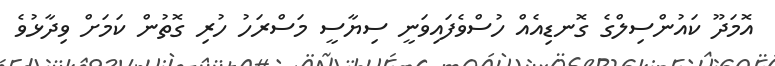
އޮމަދޫ ކައުންސިލްގެ ގޮނޑިއެއް ހުސްވެފައިވަނީ ސިޔާސީ މަސްރަހު ހުރި ގޮތުން ކަމަށް ވިދާޅުވެ